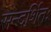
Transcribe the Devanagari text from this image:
सन्दर्शितः